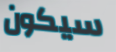
سيكون